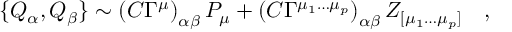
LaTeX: \{ Q _ { \alpha } , Q _ { \beta } \} \sim \left( C \Gamma ^ { \mu } \right) _ { \alpha \beta } P _ { \mu } + \left( C \Gamma ^ { \mu _ { 1 } \ldots \mu _ { p } } \right) _ { \alpha \beta } Z _ { [ \mu _ { 1 } \ldots \mu _ { p } ] } \quad ,